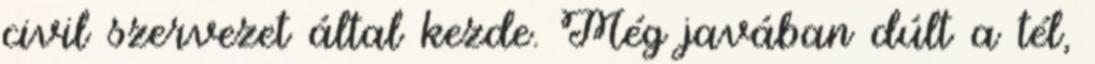
civil szervezet által kezde. Még javában dúlt a tél,